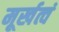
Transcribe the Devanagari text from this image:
मूर्खत्वं